Senior Leaving Certificate Examination (including Day School Certificate (Higher) General paper), 1950
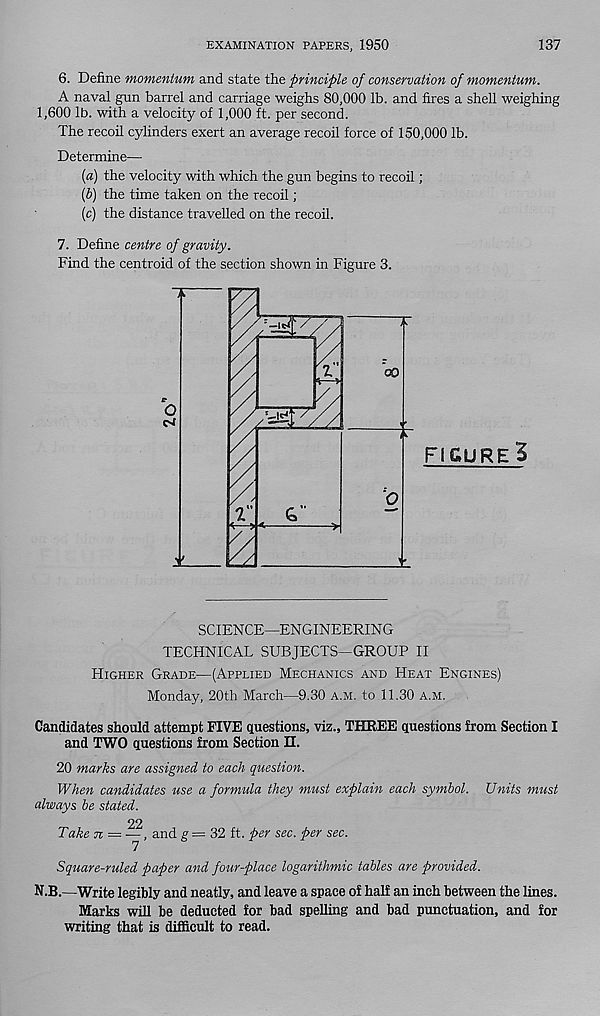
EXAMINATION PAPERS, 1950
137
6. Define momentum and state the principle of conservation of momentum.
A naval gun barrel and carriage weighs 80,000 lb. and fires a shell weighing
1,600 lb. with a velocity of 1,000 ft. per second.
The recoil cylinders exert an average recoil force of 150,000 lb.
Determine—
(a) the velocity with which the gun begins to recoil;
(b) the time taken on the recoil ;
(c) the distance travelled on the recoil.
7. Define centre of gravity.
Find the centroid of the section shown in Figure 3.
SCIENCE—ENGINEERING
TECHNICAL SUBJECTS—GROUP II
Higher Grade—(Applied Mechanics and Heat Engines)
Monday, 20th March—9.30 A.M. to 11.30 a.m.
Candidates should attempt FIVE questions, viz., THREE questions from Section I
and TWO questions from Section 33.
20 marks are assigned to each question.
When candidates use a formula they must explain each symbol. Units must
always be stated.
22
Take 7i = —, and g = 32 ft. per sec. per sec.
7
Square-ruled paper and four-place logarithmic tables are provided.
N.B.—Write legibly and neatly, and leave a space of half an inch between the lines.
Marks will be deducted for bad spelling and bad punctuation, and for
writing that is difficult to read.